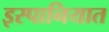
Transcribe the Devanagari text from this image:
इस्पानियात